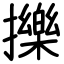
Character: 擽